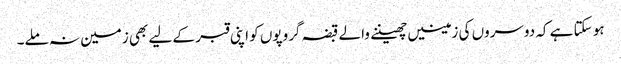
ہو سکتا ہے کہ دوسروں کی زمینیں چھیننے والے قبضہ گروپوں کو اپنی قبر کے لیے بھی زمین نہ ملے۔